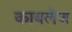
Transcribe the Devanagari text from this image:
काबलेज